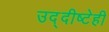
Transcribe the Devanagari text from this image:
उद्दीष्टेही